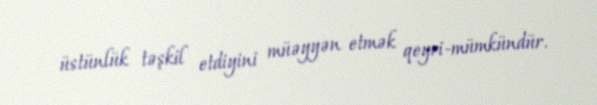
üstünlük təşkil etdiyini müəyyən etmək qeyri-mümkündür.